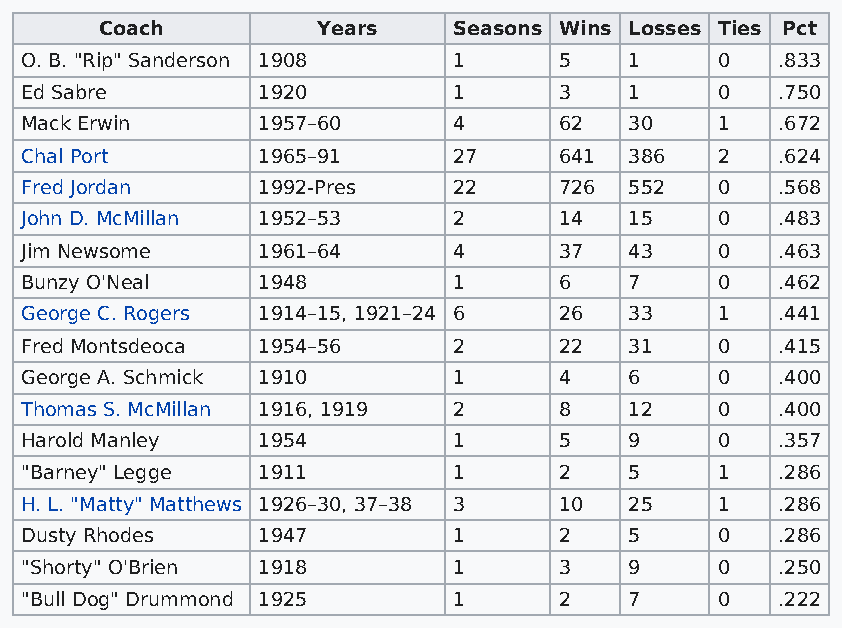
Coach         Years    Seasons Wins Losses Ties Pct
 O. B. "Rip" Sanderson 1908   1      5    1    0    .833
 Ed Sabre        1920         1      3    1    0    .750
 Mack Erwin      1957–60      4      62   30   1    .672
 Chal Port       1965–91      27     641  386  2    .624
 Fred Jordan     1992-Pres    22     726  552  0    .568
 John D. McMillan 1952–53     2      14   15   0    .483
 Jim Newsome     1961–64      4      37   43   0    .463
 Bunzy O'Neal    1948         1      6    7    0    .462
 George C. Rogers 1914–15, 1921–24 6 26   33   1    .441
 Fred Montsdeoca 1954–56      2      22   31   0    .415
 George A. Schmick 1910       1      4    6    0    .400
 Thomas S. McMillan 1916, 1919 2     8    12   0    .400
 Harold Manley   1954         1      5    9    0    .357
 "Barney" Legge  1911         1      2    5    1    .286
 H. L. "Matty" Matthews 1926–30, 37–38 3 10 25 1    .286
 Dusty Rhodes    1947         1      2    5    0    .286
 "Shorty" O'Brien 1918        1      3    9    0    .250
 "Bull Dog" Drummond 1925     1      2    7    0    .222